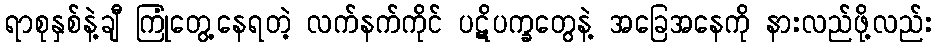
ရာစုနှစ်နဲ့ချီ ကြုံတွေ့နေရတဲ့ လက်နက်ကိုင် ပဋိပက္ခတွေနဲ့ အခြေအနေကို နားလည်ဖို့လည်း